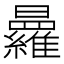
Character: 𭨒